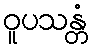
ဝူပသန္တံ